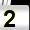
Digit: 2